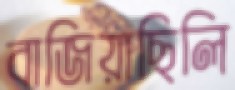
বাজিয়াছিলি